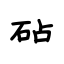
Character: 砧